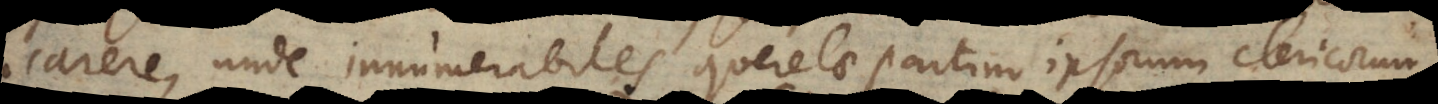
carere, unde innumerabiles querelae partim ipsorum clericorum,